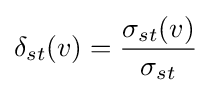
\delta _{st}(v)={\frac {\sigma _{st}(v)}{\sigma _{st}}}